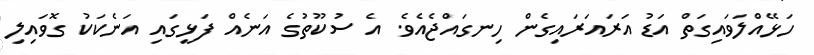
ހަޅޭއްލަވައިގަތް އަޑު އަރައަރައިގެން ހިނގައްޖެއެވެ. އެ ސުކޫތުގެ އަނެއް ފަޅީގައި އަނެކަކު ގޮވައިލި